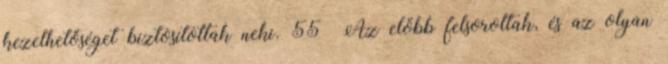
kezelhetőséget biztosítottak neki. 55 Az előbb felsoroltak, és az olyan